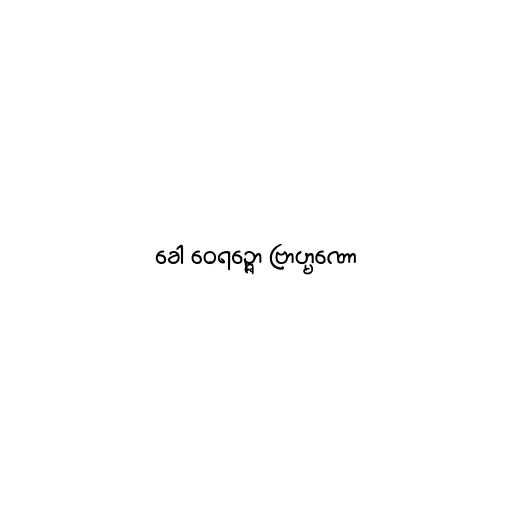
ခေါ ဝေရဉ္ဇော ဗြာဟ္မဏော